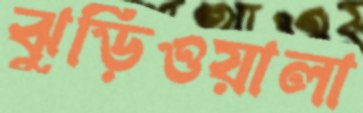
ঝুড়িওয়ালা